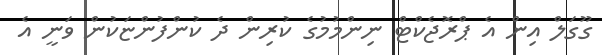
ގޫގަލް އިން އެ ޕްރޮޖެކްޓް ނިންމުމުގެ ކުރިން ދެ ކުންފުންޏަކުން ވަނީ އެ